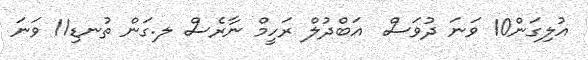
އުލިގަން10 ވަނަ ދުވަސް  އަބްދުލް ރަހީމް ނާރެސް ލ.ގަން ތުނޑި11 ވަނަ